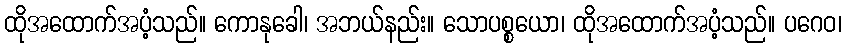
ထိုအထောက်အပံ့သည်။ ကောနုခေါ၊ အဘယ်နည်း။ သောပစ္စယော၊ ထိုအထောက်အပံ့သည်။ ပဂေဝ၊